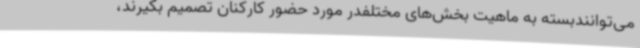
می‌توانندبسته به ماهیت بخش‌های مختلفدر مورد حضور کارکنان تصمیم بگیرند،